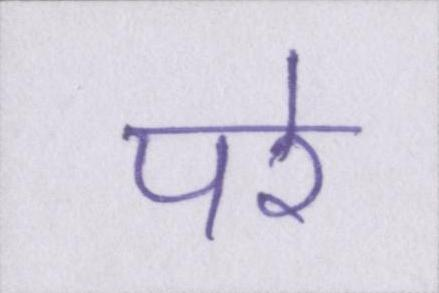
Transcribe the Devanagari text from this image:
परे